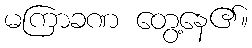
မကြာခဏ တွေ့နေ၏။